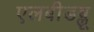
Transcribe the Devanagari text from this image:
एलबीडब्लू